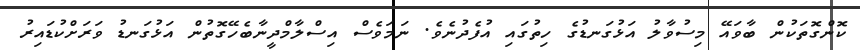
ކޮންގޮތަކުން ބާވައޭ މިސުވާލު އަޅުގަނޑުގެ ހިތުގައި އުފެދުނެވެ. ނަމަވެސް އިސްލާމްދީނާބެހޭގޮތުން އަޅުގަނޑު ވަރަށްކުޑައިރު